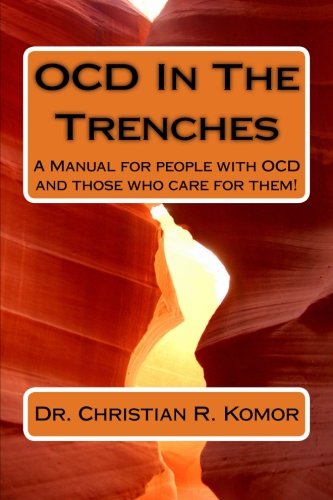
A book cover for OCD in the Trenches A Manual for People With OCD and Those Who Care For Them: A Manual for people with OCD and those who care for them!; Dr Christian R Komor; Health, Fitness & Dieting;